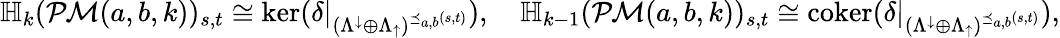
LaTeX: \mathbb{H}_{k}(\mathcal{PM}(a,b,k))_{s,t}\cong\ker(\delta|_{(\Lambda^{\downarrow}\oplus\Lambda_{\uparrow})^{\preceq_{a,b}(s,t)}}),\quad\mathbb{H}_{k-1}(\mathcal{PM}(a,b,k))_{s,t}\cong\mathrm{coker}(\delta|_{(\Lambda^{\downarrow}\oplus\Lambda_{\uparrow})^{\preceq_{a,b}(s,t)}}),